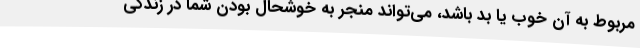
مربوط به آن خوب یا بد باشد، می‌تواند منجر به خوشحال بودن شما در زندگی